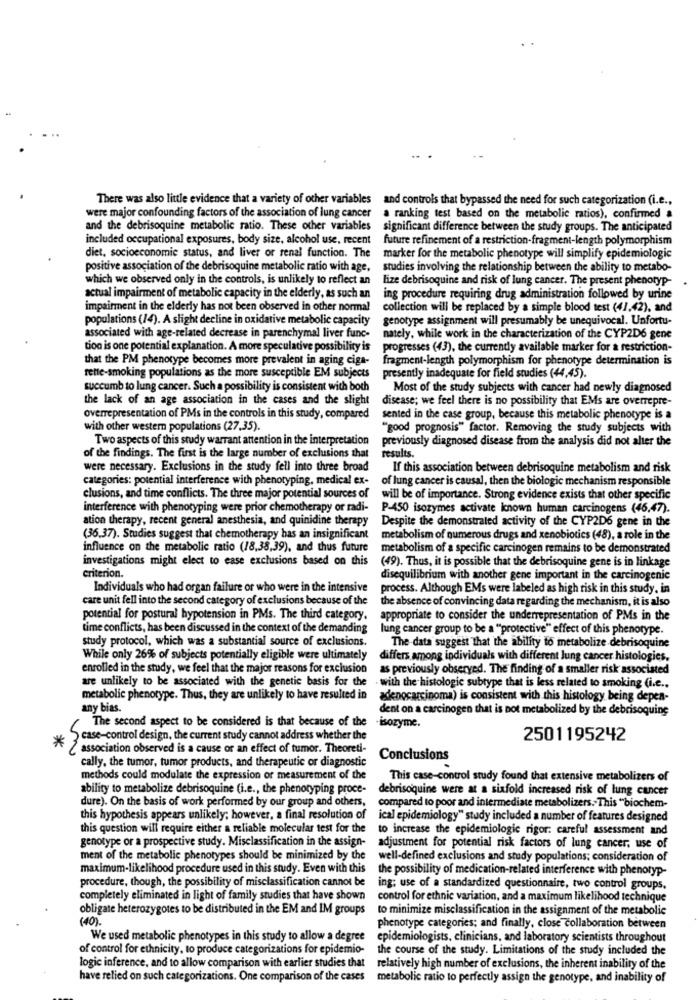
There was also little evidence that a variety of other variables and controls that bypassed the need for such categorization (i.e .,
were major confounding factors of the association of lung cancer a ranking test based on the metabolie ratios), confirmed a
and the debrisoquine metabolic ratio. These other variables
significant difference between the study groups. The anticipated
included occupational exposures, body size, alcohol use, recent
future refinement of a restriction-fragment-length polymorphism
diet, socioeconomic status, and liver or renal function. The
marker for the metabolic phenotype will simplify epidemiologic
positive association of the debrisoquine metabolic ratio with age,
studies involving the relationship between the ability to metabo-
which we observed only in the controls, is unlikely to reflect an
lize debrisoquine and risk of lung cancer. The present phenotyp-
actual impairment of metabolic capacity in the elderly, as such an
ing procedure requiring drug administration followed by urine
impairment in the elderly has not been observed in other normal
collection will be replaced by a simple blood test (41,42), and
populations (14). A slight decline in oxidative metabolic capacity
genotype assignment will presumably be unequivocal. Unfortu-
associated with age-related decrease in parenchymal liver func-
nately, while work in the characterization of the CYP2D6 gene
tion is one potential explanation. A more speculative possibility is
progresses (43), the currently available marker for a restriction-
that the PM phenotype becomes more prevalent in aging ciga-
fragment-length polymorphism for phenotype determination is
presently inadequate for field studies (44,45).
rette-smoking populations as the more susceptible EM subjects
succumb to lung cancer. Such a possibility is consistent with both
Most of the study subjects with cancer had newly diagnosed
the lack of an age association in the cases and the slight
disease; we feel there is no possibility that EMs are overrepre-
overrepresentation of PMs in the controls in this study, compared
sented in the case group, because this metabolic phenotype is a
with other western populations (27,35).
"good prognosis" factor. Removing the study subjects with
Two aspects of this study warrant attention in the interpretation
previously diagnosed disease from the analysis did not alter the
results.
of the findings. The first is the large number of exclusions that
were necessary. Exclusions in the study fell into three broad
If this association between debrisoquine metabolism and risk
categories: potential interference with phenotyping, medical ex-
of lung cancer is causal, then the biologic mechanism responsible
clusions, and time conflicts. The three major potential sources of
will be of importance. Strong evidence exists that other specific
interference with phenotyping were prior chemotherapy or radi-
P-450 isozymes activate known human carcinogens (46,47).
ation therapy, recent general anesthesia, and quinidine therapy
Despite the demonstrated activity of the CYP2D6 gene in the
(36.37). Studies suggest that chemotherapy has an insignificant
metabolism of numerous drugs and xenobiotics (48), a role in the
influence on the metabolic ratio (18,38,39), and thus future
metabolism of a specific carcinogen remains to be demonstrated
investigations might elect to ease exclusions based on this
(49). Thus, it is possible that the debrisoquine gene is in linkage
Criterion.
disequilibrium with another gene important in the carcinogenic
Individuals who had organ failure or who were in the intensive
process. Although EMs were labeled as high risk in this study. in
care unit fell into the second category of exclusions because of the
the absence of convincing data regarding the mechanism, it is also
potential for postural hypotension in PMs. The third category.
appropriate to consider the underrepresentation of PMs in the
time conflicts, has been discussed in the context of the demanding
lung cancer group to be a ""protective" effect of this phenotype.
study protocol, which was a substantial source of exclusions.
The data suggest that the ability to metabolize debrisoquine
While only 26% of subjects potentially eligible were ultimately
differs among individuals with different lung cancer histologies.
enrolled in the study, we feel that the major reasons for exclusion
as previously observed. The finding of a smaller risk associated
are unlikely to be associated with the genetic basis for the
. with the histologie subtype that is less related to smoking (i.e .,
metabolic phenotype. Thus, they are unlikely to have resulted in
adenocarcinoma) is consistent with this histology being depen-
any bias.
dent on a carcinogen that is not metabolized by the debrisoquing
The second aspect to be considered is that because of the -isozyme.
*
case-control design, the current study cannot address whether the
2501195242
association observed is a cause or an effect of tumor. Theoreti-
cally, the tumor, tumor products, and therapeutic or diagnostic
Conclusions
methods could modulate the expression of measurement of the
This case-control study found that extensive metabolizers of
ability to metabolize debrisoquine (i.e ., the phenotyping proce-
debrisoquine were at a sixfold increased risk of lung cancer
dure). On the basis of work performed by our group and others,
compared to poor and intermediate metabolizers. This "biochem-
this hypothesis appears unlikely; however, a final resolution of
ical epidemiology" study included a number of features designed
this question will require either a reliable molecular test for the
to increase the epidemiologic rigor: careful assessment and
genotype or a prospective study. Misclassification in the assign-
adjustment for potential risk factors of lung cancer, use of
ment of the metabolic phenotypes should be minimized by the
well-defined exclusions and study populations; consideration of
maximum-likelihood procedure used in this study. Even with this
the possibility of medication-related interference with phenotyp-
procedure, though, the possibility of misclassification cannot be
ing; use of a standardized questionnaire, two control groups.
completely eliminated in light of family studies that have shown
control for ethnic variation, and a maximum likelihood technique
obligate heterozygotes to be distributed in the EM and IM groups
to minimize misclassification in the assignment of the metabolic
(40).
phenotype categories; and finally, close collaboration between
We used metabolic phenotypes in this study to allow a degree
epidemiologists, clinicians, and laboratory scientists throughout
of control for ethnicity, to produce categorizations for epidemio-
the course of the study. Limitations of the study included the
logic inference, and to allow comparison with earlier studies that
relatively high number of exclusions, the inherent inability of the
have relied on such categorizations. One comparison of the cases
metabolic ratio to perfectly assign the genotype, and inability of